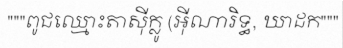
"""ពូជឈ្មោះតាស៊ីក្លូ (អ៊ីណារិទ្ធ, ឃាដក"""